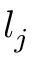
l _ { j }